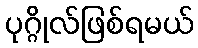
ပုဂ္ဂိုလ်ဖြစ်ရမယ်